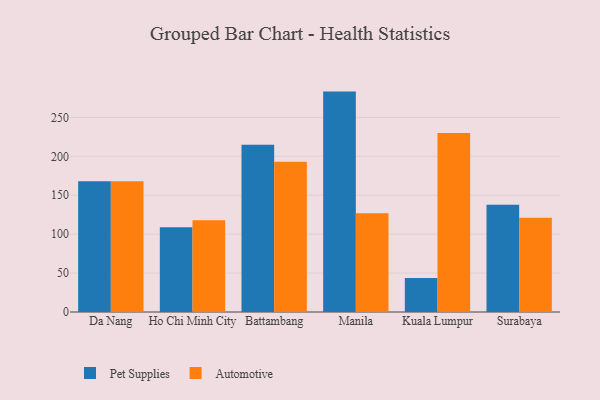
{"axis": {"x": "City", "y": "Customer Acquisition Cost (USD)"}, "legend": ["Automotive", "Pet Supplies"], "data": [{"x": "Da Nang", "y": 167.9, "type": "Pet Supplies"}, {"x": "Da Nang", "y": 168.0, "type": "Automotive"}, {"x": "Ho Chi Minh City", "y": 108.8, "type": "Pet Supplies"}, {"x": "Ho Chi Minh City", "y": 117.8, "type": "Automotive"}, {"x": "Battambang", "y": 214.8, "type": "Pet Supplies"}, {"x": "Battambang", "y": 193.0, "type": "Automotive"}, {"x": "Manila", "y": 283.2, "type": "Pet Supplies"}, {"x": "Manila", "y": 126.9, "type": "Automotive"}, {"x": "Kuala Lumpur", "y": 43.8, "type": "Pet Supplies"}, {"x": "Kuala Lumpur", "y": 230.0, "type": "Automotive"}, {"x": "Surabaya", "y": 137.8, "type": "Pet Supplies"}, {"x": "Surabaya", "y": 121.0, "type": "Automotive"}]}